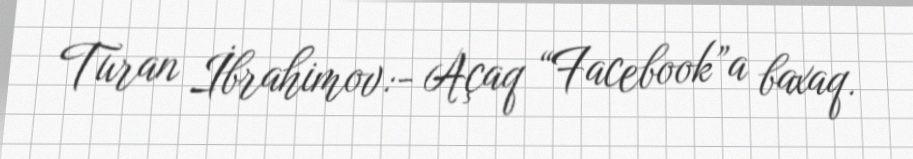
Turan İbrahimov:- Açaq “Facebook”a baxaq.